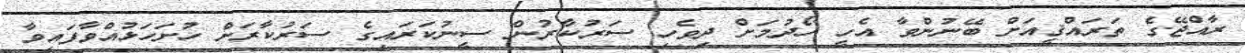
ރާއްޖޭގެ ތަރައްޤީއަށް ބޭނުންވާ އެހީ ހޯދުމަށް ދިވެހި ސަރުކާރުން ސީނުކަރައިގެ ސަރުކާރަށް ހުށަހަޅުއްވާފައިވާ